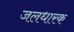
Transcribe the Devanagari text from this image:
जलधारक